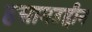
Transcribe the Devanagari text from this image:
हसामउद्दीन